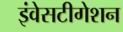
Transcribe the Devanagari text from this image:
इंवेसटीगेशन